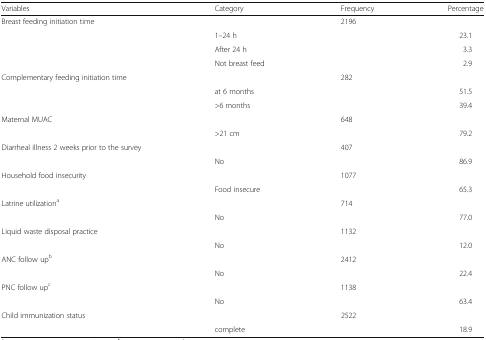
<table><thead><tr><td><b>Variables</b></td><td><b>Category</b></td><td><b>Frequency</b></td><td><b>Percentage</b></td></tr></thead><tbody><tr><td rowspan="4">Breast feeding initiation time</td><td>[EMPTY_CELL]</td><td>2196</td><td>[EMPTY_CELL]</td></tr><tr><td>1–24 h</td><td>[EMPTY_CELL]</td><td>23.1</td></tr><tr><td>After 24 h</td><td>[EMPTY_CELL]</td><td>3.3</td></tr><tr><td>Not breast feed</td><td>[EMPTY_CELL]</td><td>2.9</td></tr><tr><td rowspan="3">Complementary feeding initiation time</td><td>[EMPTY_CELL]</td><td>282</td><td>[EMPTY_CELL]</td></tr><tr><td>at 6 months</td><td>[EMPTY_CELL]</td><td>51.5</td></tr><tr><td>&gt;6 months</td><td>[EMPTY_CELL]</td><td>39.4</td></tr><tr><td rowspan="2">Maternal MUAC</td><td>[EMPTY_CELL]</td><td>648</td><td>[EMPTY_CELL]</td></tr><tr><td>&gt;21 cm</td><td>[EMPTY_CELL]</td><td>79.2</td></tr><tr><td rowspan="2">Diarrheal illness 2 weeks prior to the survey</td><td>[EMPTY_CELL]</td><td>407</td><td>[EMPTY_CELL]</td></tr><tr><td>No</td><td>[EMPTY_CELL]</td><td>86.9</td></tr><tr><td rowspan="2">Household food insecurity</td><td>[EMPTY_CELL]</td><td>1077</td><td>[EMPTY_CELL]</td></tr><tr><td>Food insecure</td><td>[EMPTY_CELL]</td><td>65.3</td></tr><tr><td rowspan="2">Latrine utilization<sup>a</sup></td><td>[EMPTY_CELL]</td><td>714</td><td>[EMPTY_CELL]</td></tr><tr><td>No</td><td>[EMPTY_CELL]</td><td>77.0</td></tr><tr><td rowspan="2">Liquid waste disposal practice</td><td>[EMPTY_CELL]</td><td>1132</td><td>[EMPTY_CELL]</td></tr><tr><td>No</td><td>[EMPTY_CELL]</td><td>12.0</td></tr><tr><td rowspan="2">ANC follow up<sup>b</sup></td><td>[EMPTY_CELL]</td><td>2412</td><td>[EMPTY_CELL]</td></tr><tr><td>No</td><td>[EMPTY_CELL]</td><td>22.4</td></tr><tr><td rowspan="2">PNC follow up<sup>c</sup></td><td>[EMPTY_CELL]</td><td>1138</td><td>[EMPTY_CELL]</td></tr><tr><td>No</td><td>[EMPTY_CELL]</td><td>63.4</td></tr><tr><td rowspan="2">Child immunization status</td><td>[EMPTY_CELL]</td><td>2522</td><td>[EMPTY_CELL]</td></tr><tr><td>complete</td><td>[EMPTY_CELL]</td><td>18.9</td></tr></tbody></table>